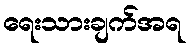
ရေးသားချက်အရ